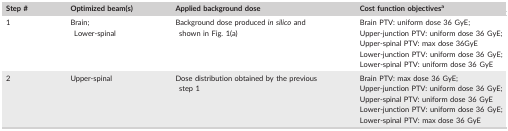
<table><thead><tr><td><b>Step #</b></td><td><b>Optimized beam(s)</b></td><td><b>Applied background dose</b></td><td><b>Cost function objectivesa</b></td></tr></thead><tbody><tr><td>1</td><td>Brain;Lower‐spinal</td><td>Background dose produced <i>in silico</i> and shown in Fig. 1(a)</td><td>Brain PTV: uniform dose 36 GyE;Upper‐junction PTV: uniform dose 36 GyE;Upper‐spinal PTV: max dose 36GyELower‐junction PTV: uniform dose 36 GyE;Lower‐spinal PTV: uniform dose 36 GyE</td></tr><tr><td>2</td><td>Upper‐spinal</td><td>Dose distribution obtained by the previous step 1</td><td>Brain PTV: max dose 36 GyE;Upper‐junction PTV: uniform dose 36 GyE;Upper‐spinal PTV: uniform dose 36 GyELower‐junction PTV: uniform dose 36 GyE;Lower‐spinal PTV: max dose 36 GyE</td></tr></tbody></table>